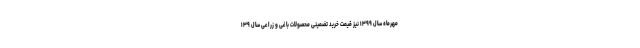
مهرماه سال ۱۳۹۹ نیز قیمت خرید تضمینی محصولات باغی و زراعی سال ۱۳۹